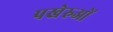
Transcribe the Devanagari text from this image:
पखेरुओं